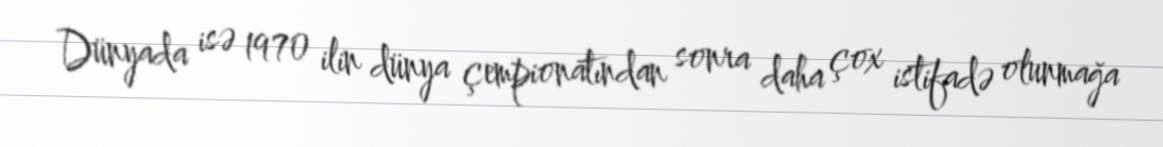
Dünyada isə 1970 ilin dünya çempionatından sonra daha çox istifadə olunmağa